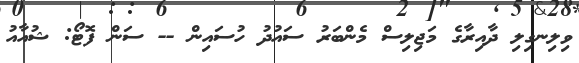
ވިލިނގިލި ދާއިރާގެ މަޖިލިސް މެންބަރު ސައުދު ހުސައިން -- ސަން ފޮޓޯ: ޝުއާއު